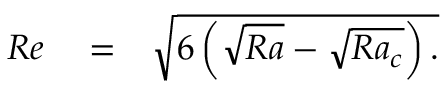
\begin{array} { r l r } { R e } & { { } = } & { \sqrt { 6 \left( \sqrt { R a } - \sqrt { R a _ { c } } \right) . } } \end{array}